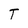
Character: T